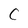
Character: C